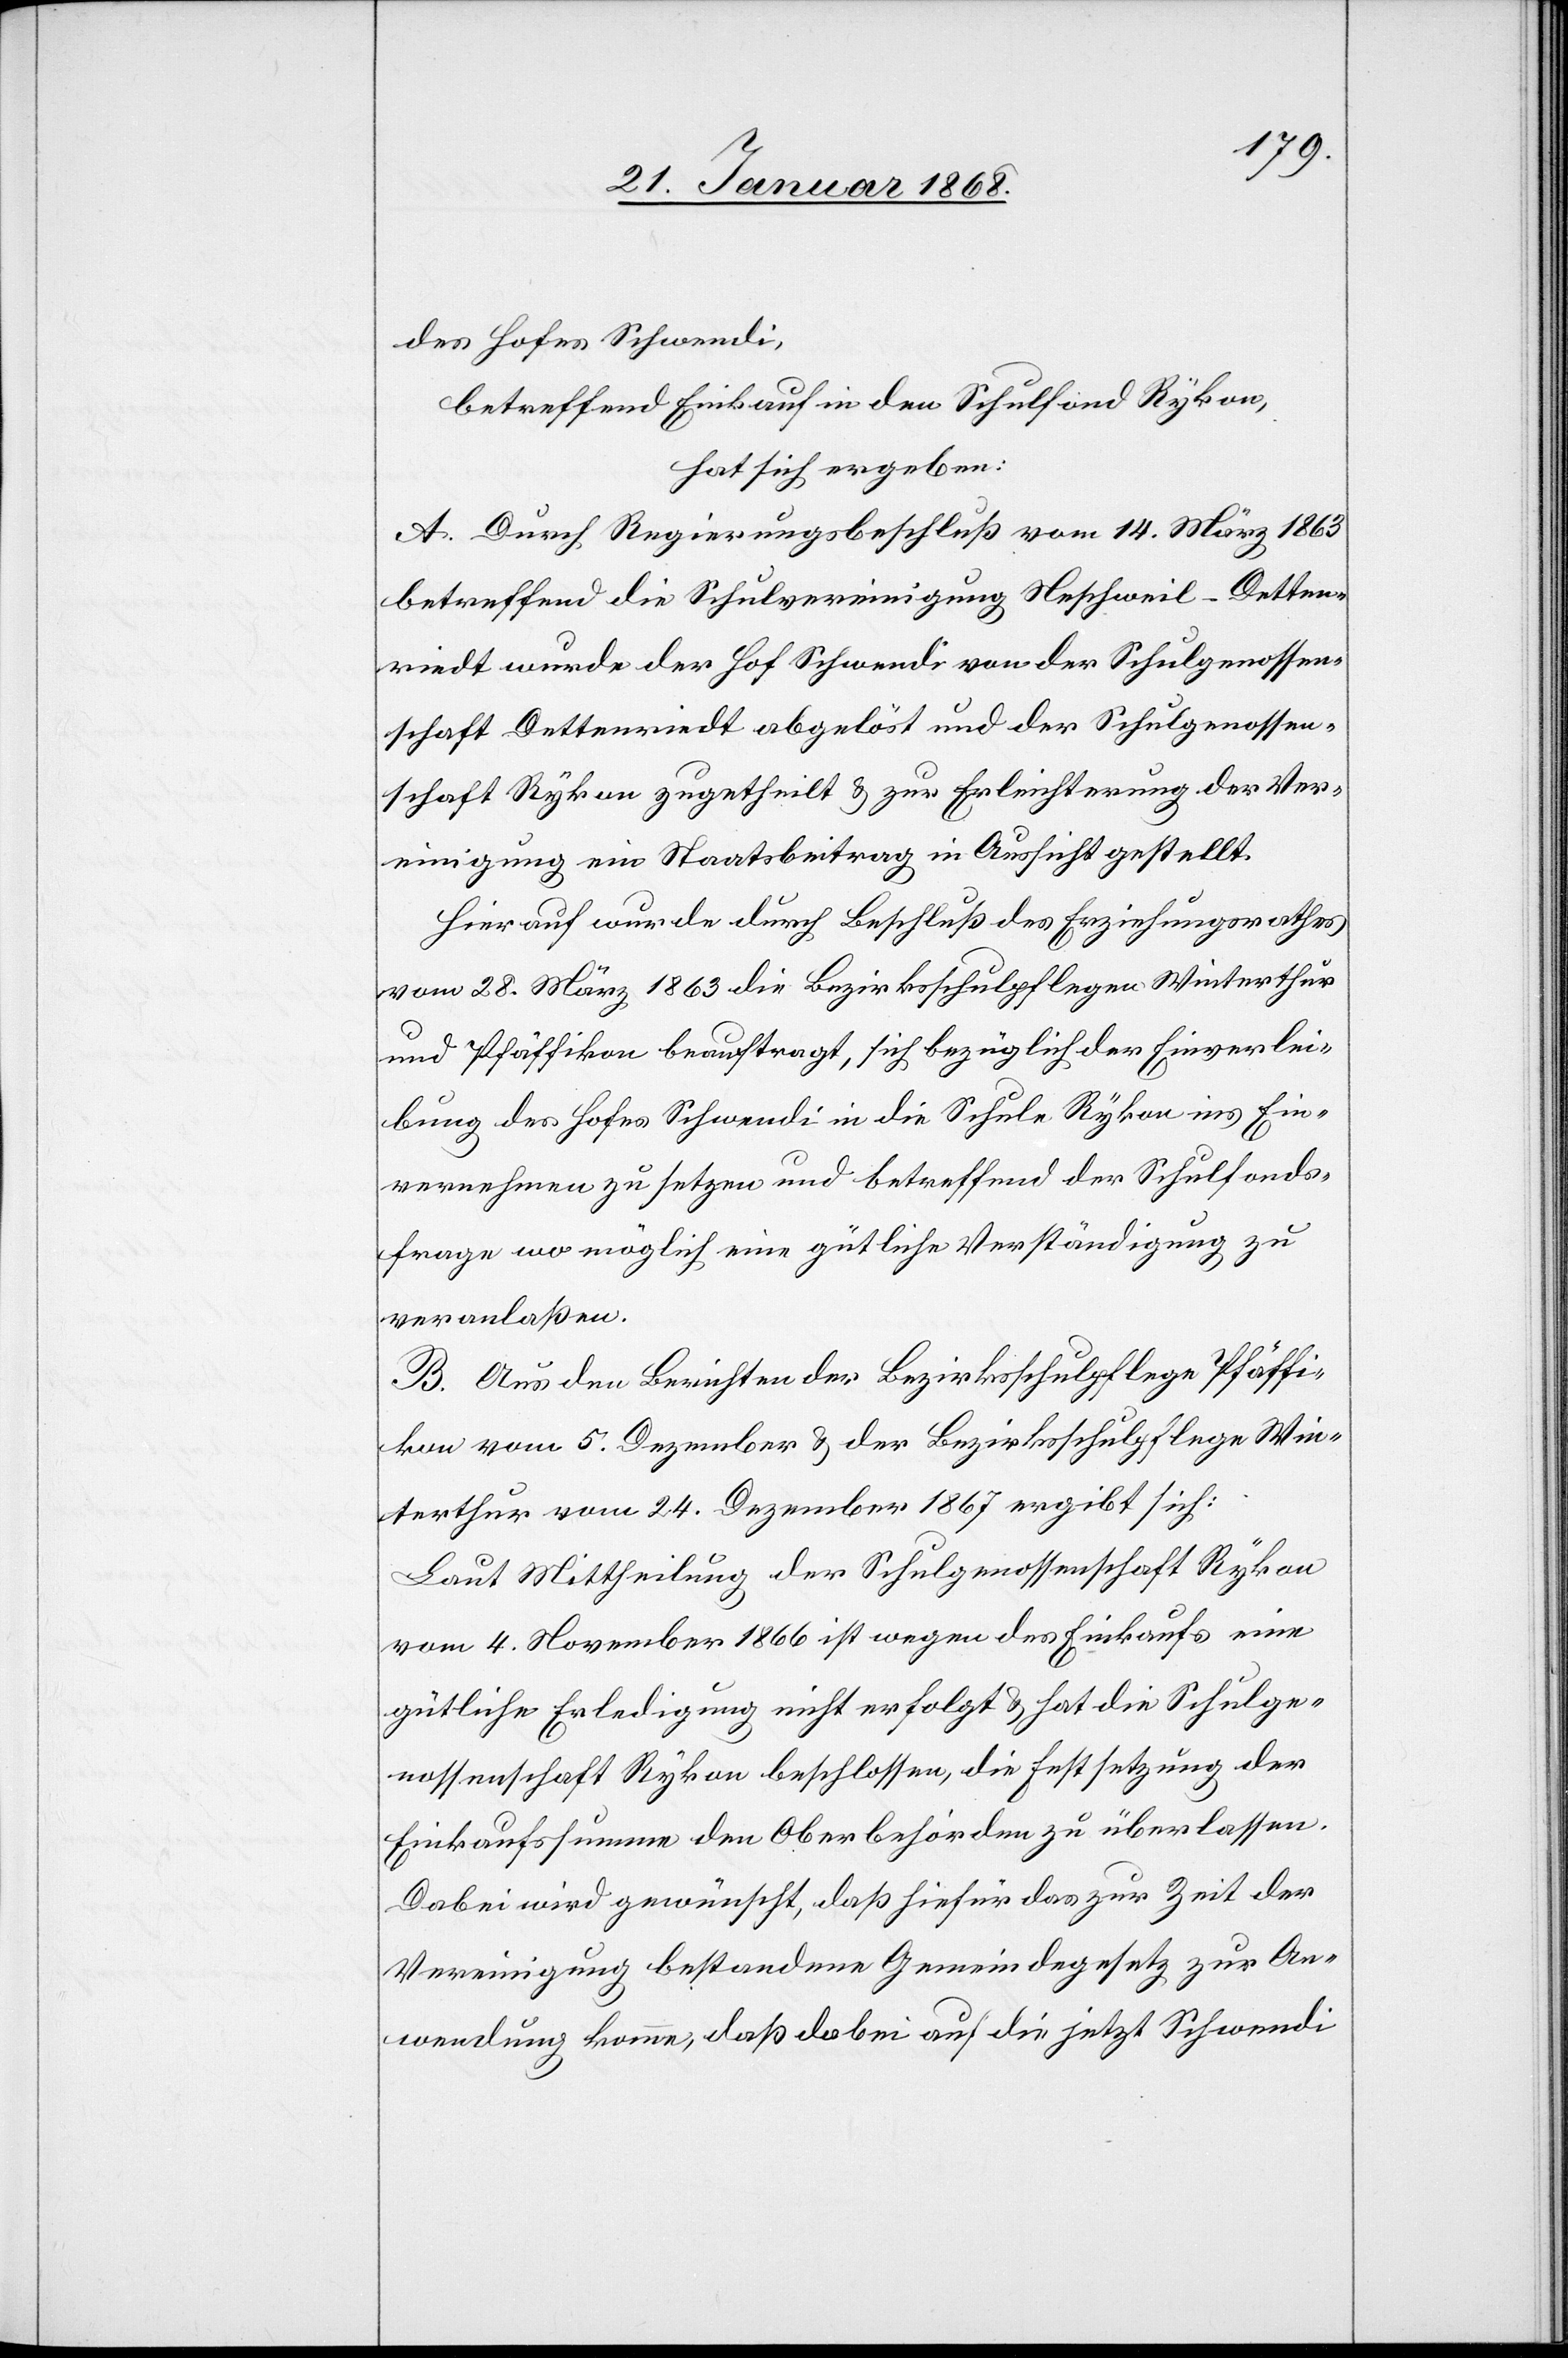
des Hofes Schwendi,
betreffend Einkauf in den Schulfond Rykon,
hat sich ergeben:
A. Durch Regierungsbeschluß vom 14. März 1863
betreffend die Schulvereinigung Neschweil-Detten¬
riedt wurde der Hof Schwendi von der Schulgenossen¬
schaft Dettenriedt abgelöst und der Schulgenossen¬
schaft Rykon zugetheilt & zur Erleichterung der Ver¬
einigung ein Staatsbeitrag in Aussicht gestellt.
Hierauf wurde[n] durch Beschluß des Erziehungsrathes
vom 28. März 1863 die Bezirksschulpflegen Winterthur
und Pfäffikon beauftragt, sich bezüglich der Einverlei¬
bung des Hofes Schwendi in die Schule Rykon ins Ein¬
vernehmen zu setzen und betreffend der Schulfonds¬
frage wo möglich eine gütliche Verständigung zu
veranlaßen.
B. Aus den Berichten der Bezirksschulpflege Pfäffi¬
kon vom 5. Dezember & der Bezirksschulpflege Win¬
terthur vom 24. Dezember 1867 ergibt sich:
Laut Mittheilung der Schulgenossenschaft Rykon
vom 4. November 1866 ist wegen des Einkaufs eine
gütliche Erledigung nicht erfolgt & hat die Schulge¬
nossenschaft Rykon beschlossen, die Festsetzung der
Einkaufssumme den Oberbehörden zu überlassen.
Dabei wird gewünscht, daß hiefür das zur Zeit der
Vereinigung bestandene Gemeindegesetz zur An¬
wendung komme, daß dabei auf die jetzt Schwendi